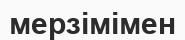
мерзімімен